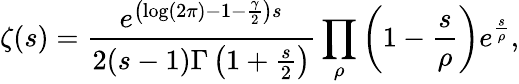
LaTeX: \zeta(s)={\frac{e^{\left(\log(2\pi)-1-{\frac{\gamma}{2}}\right)s}}{2(s-1)\Gamma\left(1+{\frac{s}{2}}\right)}}\prod_{\rho}\left(1-{\frac{s}{\rho}}\right)e^{\frac{s}{\rho}},